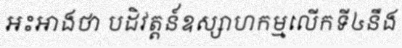
អះអាងថា បដិវត្តន៍ឧស្សាហកម្មលើកទី៤នឹង